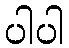
ပါပါ